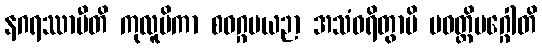
နဂရဿာမီတိ ကုလူပိကာ စဝဂ္ဂဗယဉာ အသံဝရိတွာပိ ပဝတ္တိမဂ္ဂေါတိ